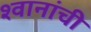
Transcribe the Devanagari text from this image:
श्वानांची